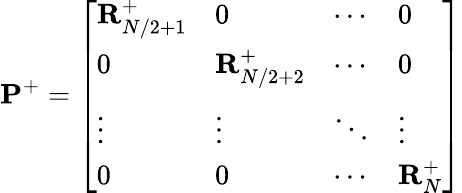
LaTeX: \mathbf{P}^{+}=\left[\begin{array}{llll}{\mathbf{R}_{N/2+1}^{+}}&{0}&{\cdots}&{0}\\ {0}&{\mathbf{R}_{N/2+2}^{+}}&{\cdots}&{0}\\ {\vdots}&{\vdots}&{\ddots}&{\vdots}\\ {0}&{0}&{\cdots}&{\mathbf{R}_{N}^{+}}\end{array}\right]